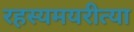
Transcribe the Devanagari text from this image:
रहस्यमयरीत्या